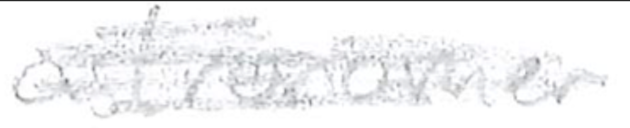
Text: astronomer
Cross-out: scratch
Writing tool: pencil